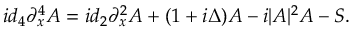
i d _ { 4 } \partial _ { x } ^ { 4 } A = i d _ { 2 } \partial _ { x } ^ { 2 } A + ( 1 + i \Delta ) A - i | A | ^ { 2 } A - S .